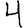
Digit: 4